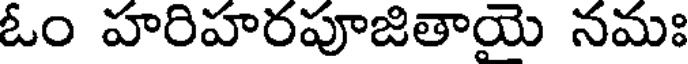
ఓం హరిహరపూజితాయె నమః